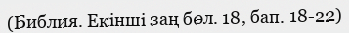
(Библия. Екінші заң бөл. 18, бап. 18-22)